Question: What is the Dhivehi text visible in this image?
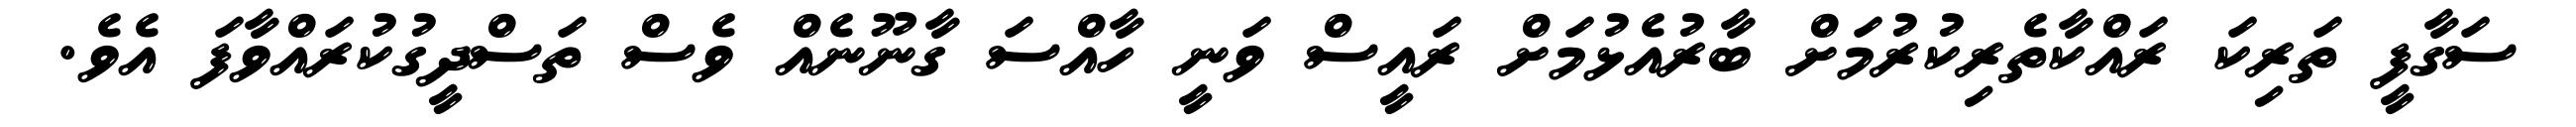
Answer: ސަގާފީ ތަރިކަ ރައްކާތެރިކުރުމަށް ބާރުއެޅުމަށް ރައީސް ވަނީ ހާއްސަ ގާނޫނެއް ވެސް ތަސްދީގުކުރައްވާފަ އެވެ.